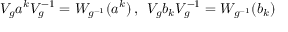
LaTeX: V _ { g } a ^ { k } V _ { g } ^ { - 1 } = W _ { g ^ { - 1 } } ( a ^ { k } ) \, , \enspace V _ { g } b _ { k } V _ { g } ^ { - 1 } = W _ { g ^ { - 1 } } ( b _ { k } )